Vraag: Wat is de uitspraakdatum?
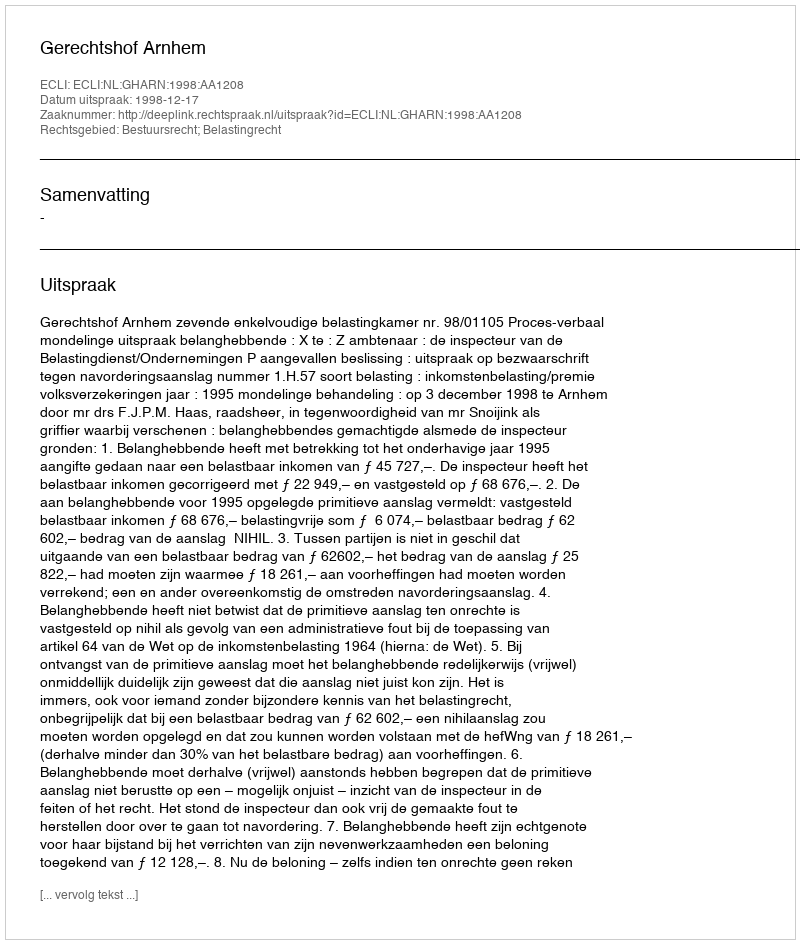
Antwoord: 1998-12-17